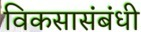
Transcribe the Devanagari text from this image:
विकसासंबंधी